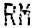
RM